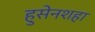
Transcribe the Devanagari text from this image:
हुसेनशहा